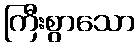
ကြီးစွာသော